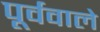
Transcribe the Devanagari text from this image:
पूर्ववाले